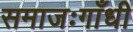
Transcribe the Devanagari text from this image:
समाजःगाँधी